Insane asylums Bombay 1873-77 - 1873-1877
Year: 1873
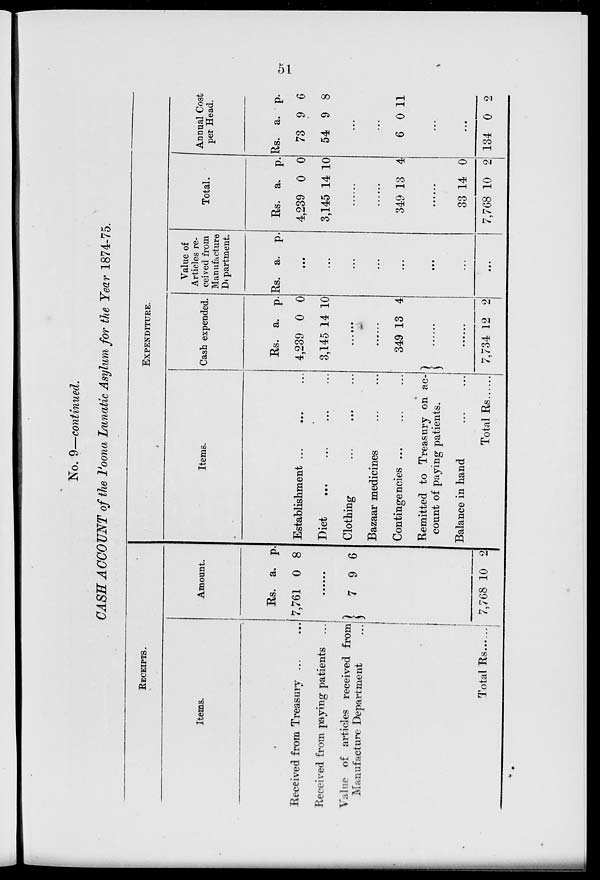
51
No. 9—continued.
CASH ACCOUNT of the Poona Lunatic Asylum for the Year 1874-75.
RECEIPTS.
Items.
Received from Treasury ... ...
Received from paying patients ...
Value of articles received from
Manufacture Department ...
Total Rs
Amount.
Rs.
7,761
a.
0
p.
8
......
7 9 6
7,768 10 2
EXPENDITURE.
Items.
Establishment ... ... ...
Diet
...
...
...
...
Clothing ... ... ...
Bazaar medicines ... ...
Contingencies ... ... ...
Remitted to Treasury on ac-
count of paying patients.
Balance in hand ... ...
Total Rs
Cash expended.
Rs.
4,239
3,145
a.
0
14
p.
0
10
......
......
349 13 4
......
7,734 12 2
Value of
Articles re-
ceived from
Manufacture
Department.
Rs. a. p.
...
...
...
...
...
...
...
...
Total.
Rs.
4,239
3,145
a.
0
14
p.
0
10
......
......
349 13 4
......
33
7,768
14
10
0
2
Annual Cost
per Head.
Rs.
73
54
a.
9
9
p.
6
8
...
...
6 0 11
...
...
134 0 2